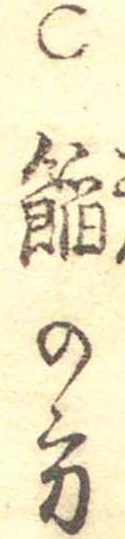
○餡の方